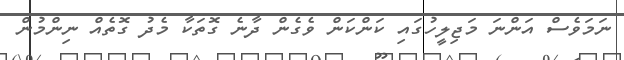
ނަމަވެސް އަންނަ މަޖިލީހުގައި ކަންކަން ވެގެން ދާނެ ގޮތަކާ މެދު ގޮތެއް ނިންމުން